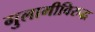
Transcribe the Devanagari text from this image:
गुलामीविरुद्ध